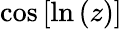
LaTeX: \cos{[\ln{(z)}]}